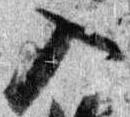
入